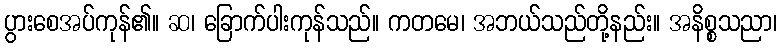
ပွားစေအပ်ကုန်၏။ ဆ၊ ခြောက်ပါးကုန်သည်။ ကတမေ၊ အဘယ်သည်တို့နည်း။ အနိစ္စသညာ၊